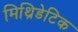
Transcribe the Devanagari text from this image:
मिथ्रिडेटिक